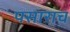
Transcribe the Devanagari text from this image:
पसाराच